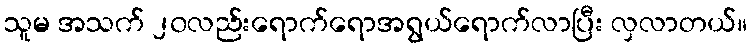
သူမ အသက် ၂၀လည်းရောက်ရောအရွယ်ရောက်လာပြီး လှလာတယ်။